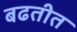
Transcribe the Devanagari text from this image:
बढतीत